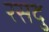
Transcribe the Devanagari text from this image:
रसदु